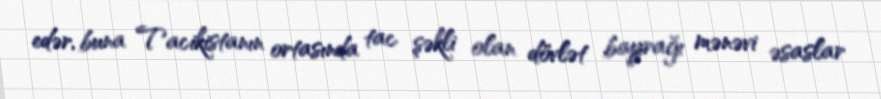
edər, buna Tacikistanın ortasında tac şəkli olan dövlət bayrağı mənəvi əsaslar